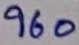
Text: 960